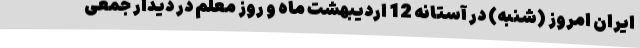
ایران امروز (شنبه) در آستانه 12 اردیبهشت ماه و روز معلم در دیدار جمعی